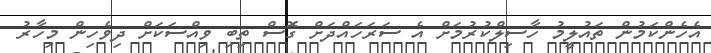
އެހެންކަމުން ތައުލީމު ހާސިލްކުރުމަށް އެ ސަރަހައްދަށް ގޮސް ތިބި ވިއްސަކަށް ދިވެހިން މިހާރު